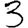
Digit: 3